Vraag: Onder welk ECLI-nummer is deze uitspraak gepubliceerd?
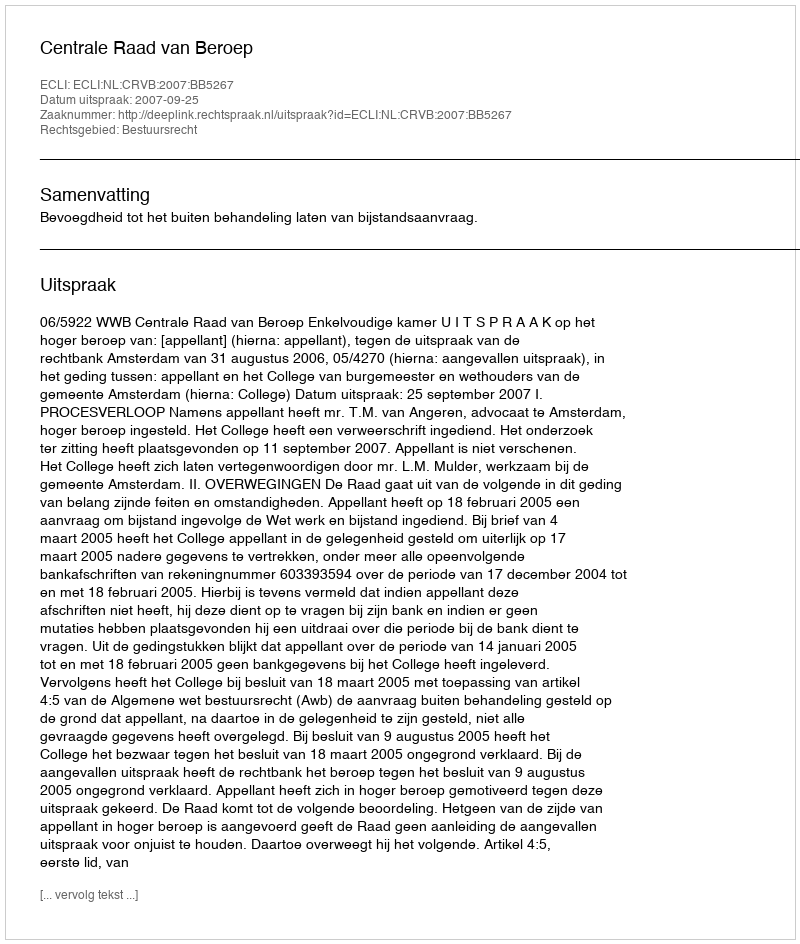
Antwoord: ECLI:NL:CRVB:2007:BB5267